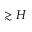
\gtrsim H